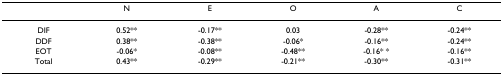
|  | N | E | O | A | C |
 | --- | --- | --- | --- | --- | --- |
 | DIF | 0.52** | -0.17** | 0.03 | -0.28** | -0.24** |
 | DDF | 0.38** | -0.38** | -0.06* | -0.16** | -0.24** |
 | EOT | -0.06* | -0.08** | -0.48** | -0.16* * | -0.16** |
 | Total | 0.43** | -0.29** | -0.21** | -0.30** | -0.31** |